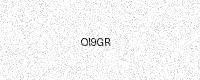
Text: OI9GR